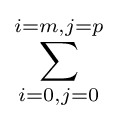
\sum _{i=0,j=0}^{i=m,j=p}